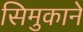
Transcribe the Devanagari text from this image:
सिमुकाने